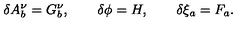
\delta A _ { b } ^ { \nu } = G _ { b } ^ { \nu } , \qquad \delta \phi = H , \qquad \delta \xi _ { a } = F _ { a } .